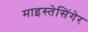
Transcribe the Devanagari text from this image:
माइस्तेसिंगेर